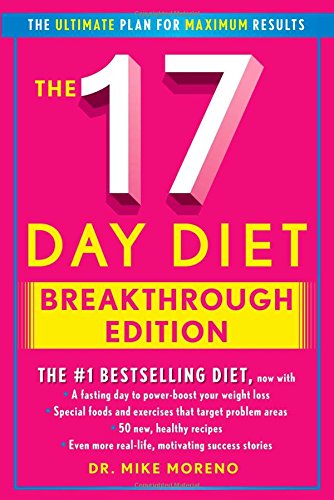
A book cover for The 17 Day Diet Breakthrough Edition; Dr. Mike Moreno; Health, Fitness & Dieting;